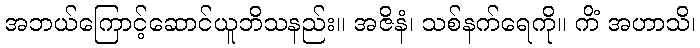
အဘယ်ကြောင့်ဆောင်ယူဘိသနည်း။ အဇိနံ၊ သစ်နက်ရေကို။ ကိံ အဟာသိ၊